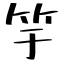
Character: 竽